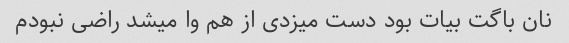
نان باگت بیات بود دست میزدی از هم وا میشد راضی نبودم